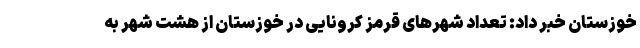
خوزستان خبر داد: تعداد شهرهای قرمز کرونایی در خوزستان از هشت شهر به